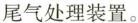
尾气处理装置。